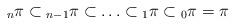
LaTeX: \begin{align*} {}_n\pi \subset {}_{n-1} \pi \subset \ldots \subset {}_1\pi \subset {}_0\pi =\pi \end{align*}